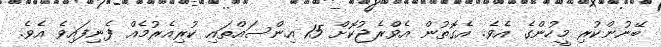
ބޭނުންކުރި މީހުންގެ އެވެ. އެގޮތުން އެވްރެޖުކޮށް 15 އިންސައްތައި ކުރިއެރުމެއް ފެނިފައިވެ އެވެ.